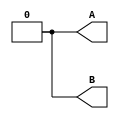
//Create a Verilog testbench that will produce the following waveform for outputs A and B:

module top_module ( output reg A, output reg B );//

    // generate input patterns here
    initial begin
        A = 0; B = 0;

        #10 A = 1; B = 0;
        #5  A = 1; B = 1;
        #5  A = 0; B = 1;
        #20 A = 0; B = 0;
    end

endmodule